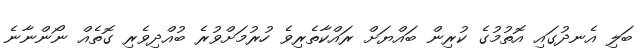
ބަލި އެނދުގައި އޮތުމުގެ ކުރިން ބައްޔަށް ރައްކާތެރިވެ ހުރުމަށްވުރެ ބުއްދިވެރި ގޮތެއް ނޯންނާނެ